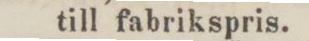
till fabrikspris.